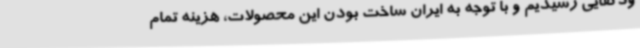
ودکفایی رسیدیم و با توجه به ایران ساخت بودن این محصولات، هزینه تمام